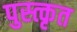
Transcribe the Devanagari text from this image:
पुस्त्कृत